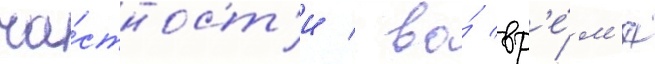
ча́стност'и / во́ вр'е́м'я